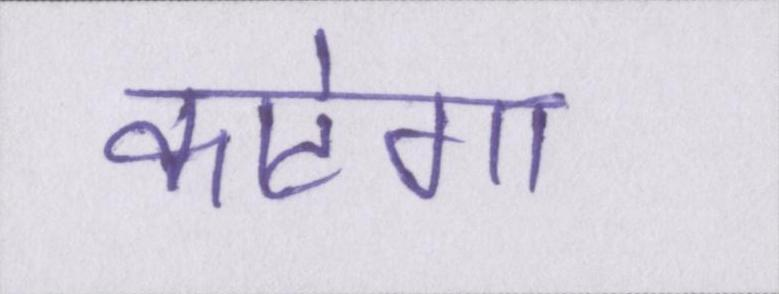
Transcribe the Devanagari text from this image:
काटेगा